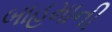
બાહમાની